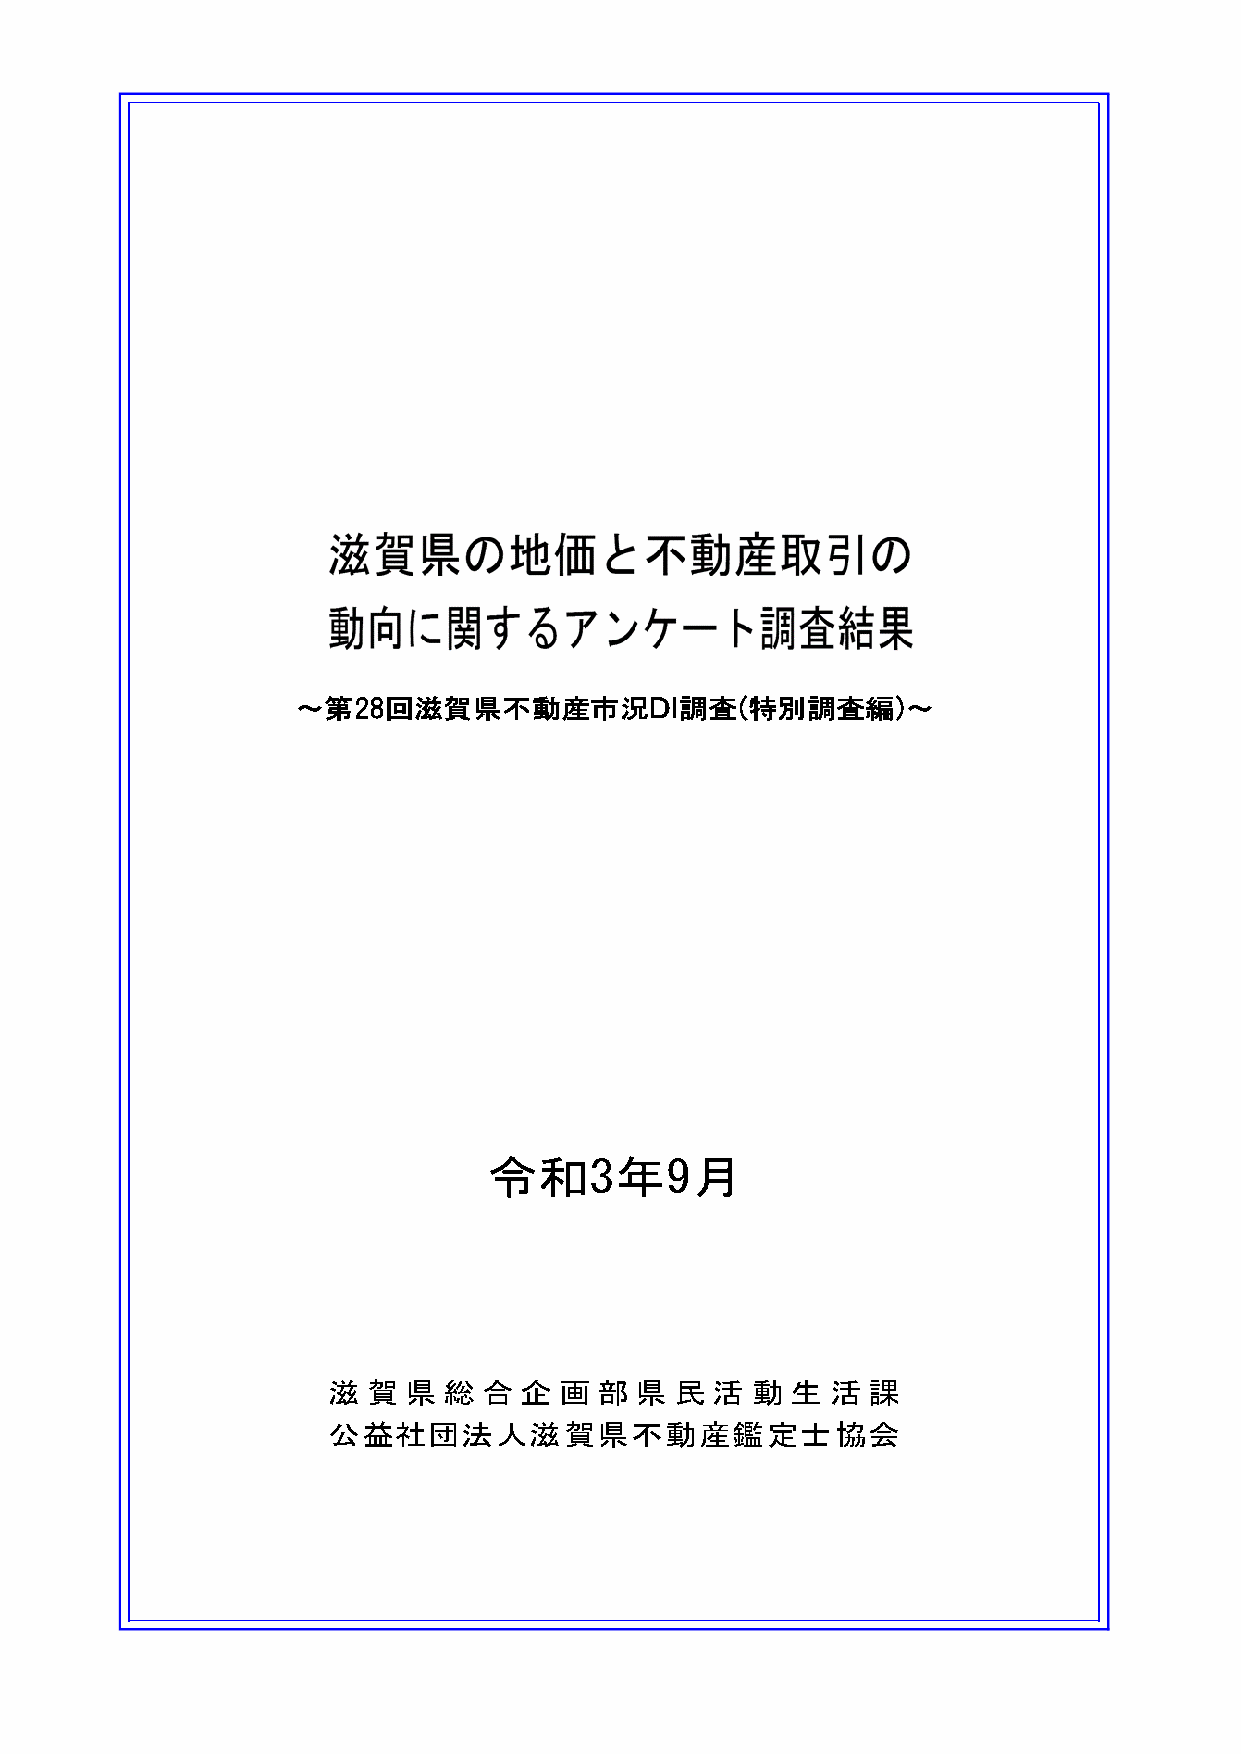
～第28回滋賀県不動産市況ＤＩ調査(特別調査編)～
 令和3年9月
 滋 賀  県 総  合 企  画 部  県  民 活  動 生  活 課
 公益社団法人滋賀県不動産鑑定士協会